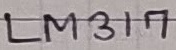
Text: LM317